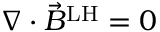
\nabla \cdot { \vec { B } } ^ { \mathrm { L H } } = 0